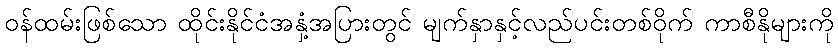
ဝန်ထမ်းဖြစ်သော ထိုင်းနိုင်ငံအနှံ့အပြားတွင် မျက်နှာနှင့်လည်ပင်းတစ်ဝိုက် ကာစီနိုများကို